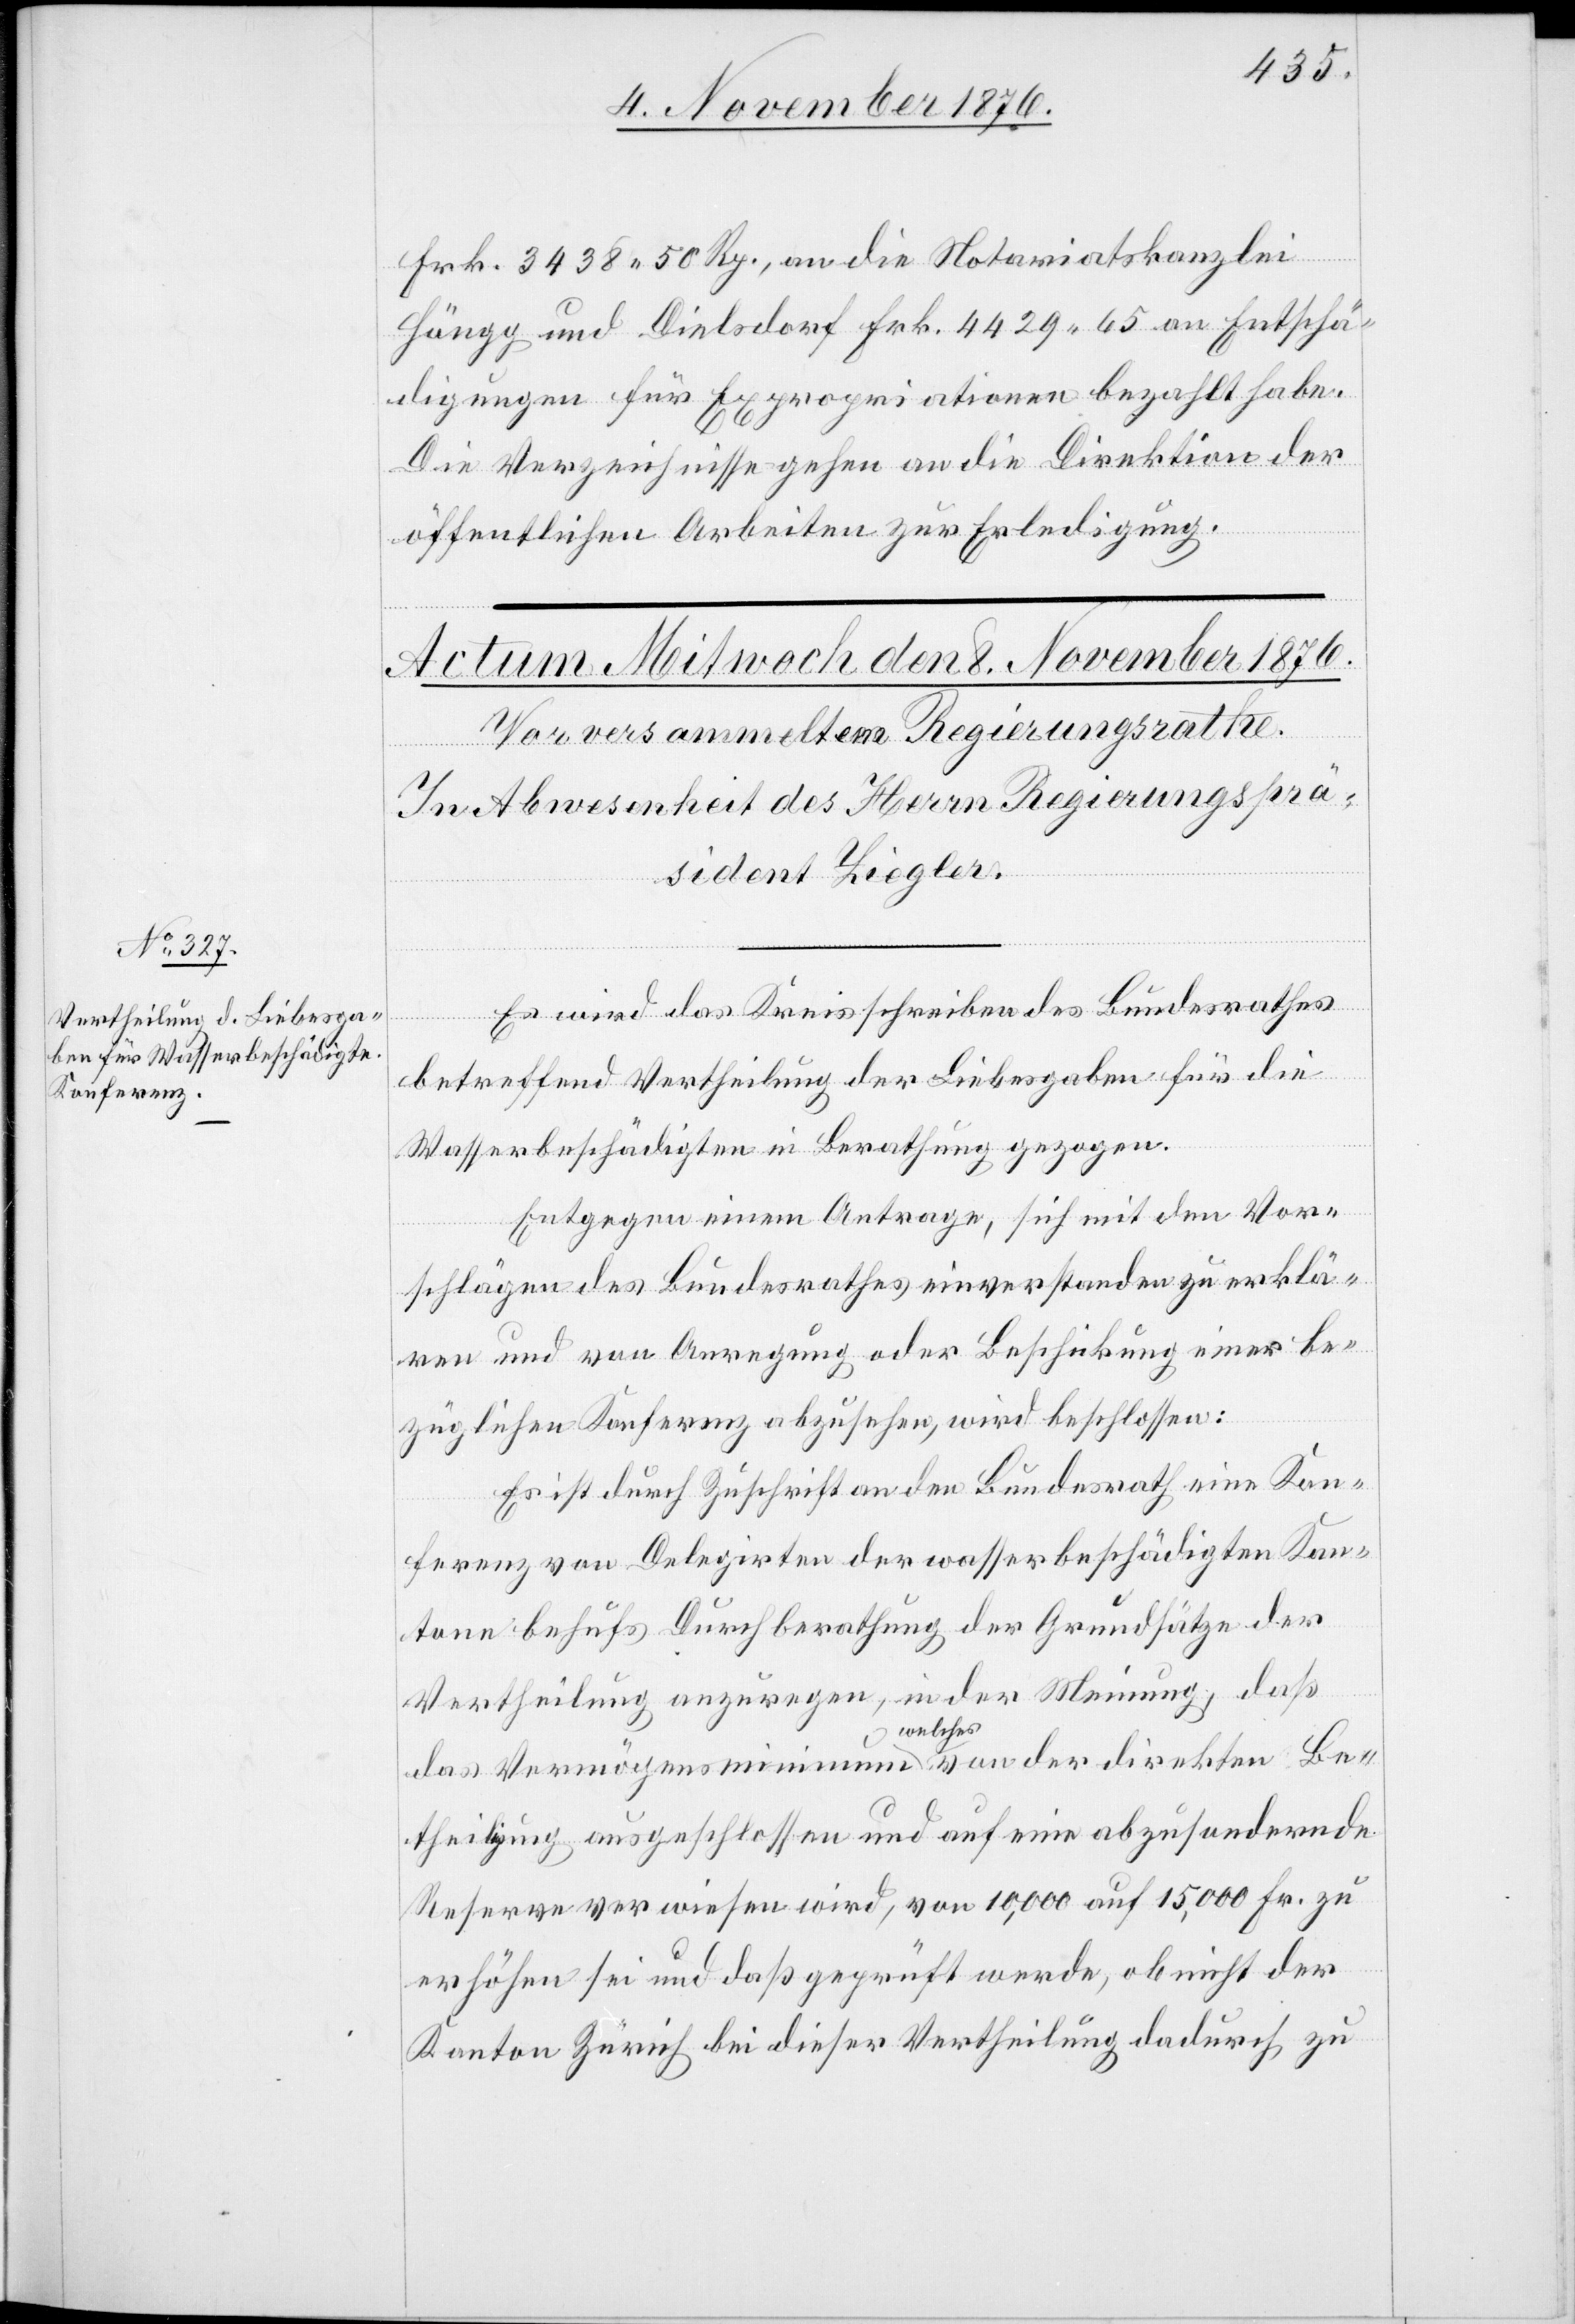
Frk. 3438 50 Rp., an die Notariatskanzlei
Höngg und Dielsdorf Frk. 4429 65 an Entschä¬
digungen für Expropriationen bezahlt habe.
Die Verzeichnisse gehen an die Direktion der
öffentlichen Arbeiten zur Erledigung.
Es wird das Kreisschreiben des Bundesrathes
betreffend Vertheilung der Liebesgaben für die
Wasserbeschädigten in Berathung gezogen.
Entgegen einem Antrage, sich mit den Vor¬
schlägen des Bundesrathes einverstanden zu erklä¬
ren und von Anregung oder Beschickung einer be¬
züglichen Konferenz abzusehen, wird beschlossen:
Es ist durch Zuschrift an den Bundesrath eine Kon¬
ferenz von Delegirten der wasserbeschädigten Kan¬
tone behufs Durchberathung der Grundsätze der
Vertheilung anzuregen, in der Meinung, daß
das Vermögensminimum welches von der direkten Be¬
theiligung ausgeschlossen und auf eine abzusondernde
Reserve verwiesen wird, von 10,000 auf 15,000 Fr. zu
erhöhen sei und daß geprüft werde, ob nicht der
Kanton Zürich bei dieser Vertheilung dadurch zu